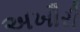
અખૌરી